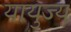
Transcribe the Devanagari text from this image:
यायुज्य